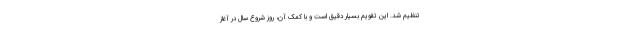
تنظیم شد. این تقویم بسیار دقیق است و با کمک آن، روز شروع سال در آغاز